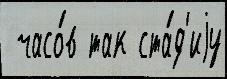
 часо́в так ста́д'иjу